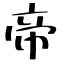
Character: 帝